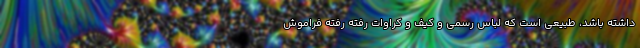
داشته باشد، طبیعی است که لباس رسمی و کیف و کراوات رفته رفته فراموش